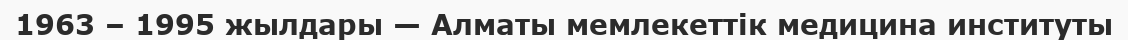
1963 – 1995 жылдары — Алматы мемлекеттік медицина институты